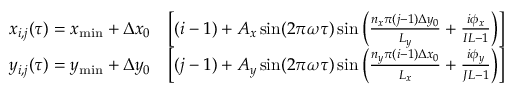
\begin{array} { r l } { x _ { i , j } ( \tau ) = x _ { \operatorname* { m i n } } + \Delta x _ { 0 } } & { \left[ ( i - 1 ) + A _ { x } \sin ( 2 \pi \omega \tau ) \sin \left( \frac { n _ { x } \pi ( j - 1 ) \Delta y _ { 0 } } { L _ { y } } + \frac { i \phi _ { x } } { I L - 1 } \right) \right] } \\ { y _ { i , j } ( \tau ) = y _ { \operatorname* { m i n } } + \Delta y _ { 0 } } & { \left[ ( j - 1 ) + A _ { y } \sin ( 2 \pi \omega \tau ) \sin \left( \frac { n _ { y } \pi ( i - 1 ) \Delta x _ { 0 } } { L _ { x } } + \frac { i \phi _ { y } } { J L - 1 } \right) \right] } \end{array}